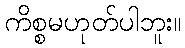
ကိစ္စမဟုတ်ပါဘူး။